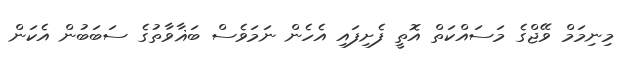
މިނިމަމް ވޭޖްގެ މަސައްކަތް އޮތީ ފެށިފައި އެހެން ނަމަވެސް ބަޣާވާތުގެ ސަބަބުން އެކަން